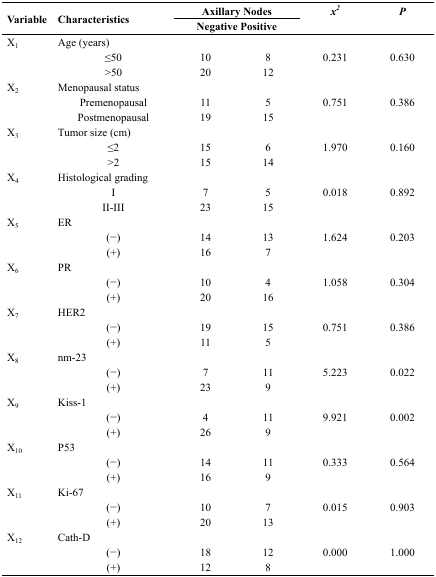
<table><thead><tr><td rowspan="3"><b>Variable</b></td><td rowspan="3" colspan="2"><b>Characteristics</b></td><td colspan="2"><b>Axillary Nodes</b></td><td rowspan="3"><b><i>x<sup>2</sup></i></b></td><td rowspan="3"><b><i>P</i></b></td></tr><tr><td colspan="2"><b>Negative Positive</b></td></tr></thead><tbody><tr><td rowspan="3">X<sub>1</sub></td><td colspan="2">Age (years)</td><td></td><td></td><td></td><td></td></tr><tr><td></td><td>≤50</td><td>10</td><td>8</td><td rowspan="2">0.231</td><td rowspan="2">0.630</td></tr><tr><td></td><td>&gt;50</td><td>20</td><td>12</td></tr><tr><td rowspan="3">X<sub>2</sub></td><td colspan="2">Menopausal status</td><td></td><td></td><td></td><td></td></tr><tr><td></td><td>Premenopausal</td><td>11</td><td>5</td><td rowspan="2">0.751</td><td rowspan="2">0.386</td></tr><tr><td></td><td>Postmenopausal</td><td>19</td><td>15</td></tr><tr><td rowspan="3">X<sub>3</sub></td><td colspan="2">Tumor size (cm)</td><td></td><td></td><td></td><td></td></tr><tr><td></td><td>≤2</td><td>15</td><td>6</td><td rowspan="2">1.970</td><td rowspan="2">0.160</td></tr><tr><td></td><td>&gt;2</td><td>15</td><td>14</td></tr><tr><td rowspan="3">X<sub>4</sub></td><td colspan="2">Histological grading</td><td></td><td></td><td></td><td></td></tr><tr><td></td><td>I</td><td>7</td><td>5</td><td rowspan="2">0.018</td><td rowspan="2">0.892</td></tr><tr><td></td><td>II-III</td><td>23</td><td>15</td></tr><tr><td rowspan="3">X<sub>5</sub></td><td colspan="2">ER</td><td></td><td></td><td></td><td></td></tr><tr><td></td><td>(−)</td><td>14</td><td>13</td><td rowspan="2">1.624</td><td rowspan="2">0.203</td></tr><tr><td></td><td>(+)</td><td>16</td><td>7</td></tr><tr><td rowspan="3">X<sub>6</sub></td><td colspan="2">PR</td><td></td><td></td><td></td><td></td></tr><tr><td></td><td>(−)</td><td>10</td><td>4</td><td rowspan="2">1.058</td><td rowspan="2">0.304</td></tr><tr><td></td><td>(+)</td><td>20</td><td>16</td></tr><tr><td rowspan="3">X<sub>7</sub></td><td colspan="2">HER2</td><td></td><td></td><td></td><td></td></tr><tr><td></td><td>(−)</td><td>19</td><td>15</td><td rowspan="2">0.751</td><td rowspan="2">0.386</td></tr><tr><td></td><td>(+)</td><td>11</td><td>5</td></tr><tr><td rowspan="3">X<sub>8</sub></td><td colspan="2">nm-23</td><td></td><td></td><td></td><td></td></tr><tr><td></td><td>(−)</td><td>7</td><td>11</td><td rowspan="2">5.223</td><td rowspan="2">0.022</td></tr><tr><td></td><td>(+)</td><td>23</td><td>9</td></tr><tr><td rowspan="3">X<sub>9</sub></td><td colspan="2">Kiss-1</td><td></td><td></td><td></td><td></td></tr><tr><td></td><td>(−)</td><td>4</td><td>11</td><td rowspan="2">9.921</td><td rowspan="2">0.002</td></tr><tr><td></td><td>(+)</td><td>26</td><td>9</td></tr><tr><td rowspan="3">X<sub>10</sub></td><td colspan="2">P53</td><td></td><td></td><td></td><td></td></tr><tr><td></td><td>(−)</td><td>14</td><td>11</td><td rowspan="2">0.333</td><td rowspan="2">0.564</td></tr><tr><td></td><td>(+)</td><td>16</td><td>9</td></tr><tr><td rowspan="3">X<sub>11</sub></td><td colspan="2">Ki-67</td><td></td><td></td><td></td><td></td></tr><tr><td></td><td>(−)</td><td>10</td><td>7</td><td rowspan="2">0.015</td><td rowspan="2">0.903</td></tr><tr><td></td><td>(+)</td><td>20</td><td>13</td></tr><tr><td rowspan="3">X<sub>12</sub></td><td colspan="2">Cath-D</td><td></td><td></td><td></td><td></td></tr><tr><td></td><td>(−)</td><td>18</td><td>12</td><td rowspan="2">0.000</td><td rowspan="2">1.000</td></tr><tr><td></td><td>(+)</td><td>12</td><td>8</td></tr></tbody></table>